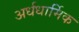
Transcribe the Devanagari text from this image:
अर्धधार्मिक